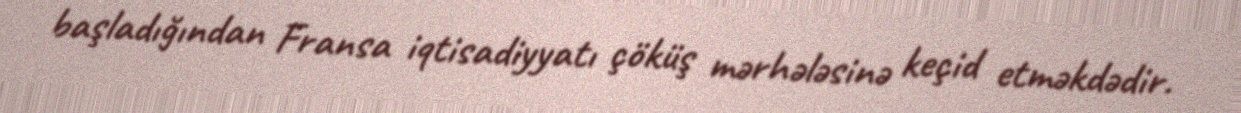
başladığından Fransa iqtisadiyyatı çöküş mərhələsinə keçid etməkdədir.